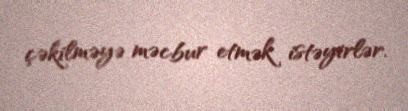
çəkilməyə məcbur etmək istəyirlər.